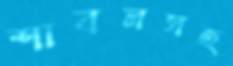
শাবলসহ